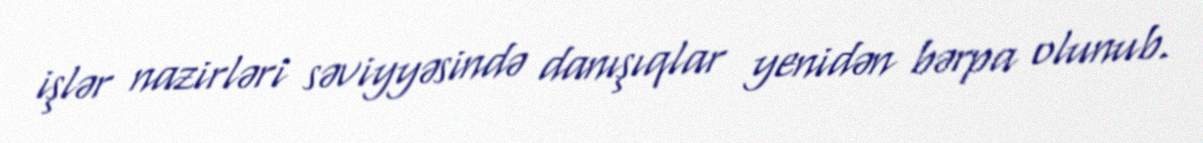
işlər nazirləri səviyyəsində danışıqlar yenidən bərpa olunub.